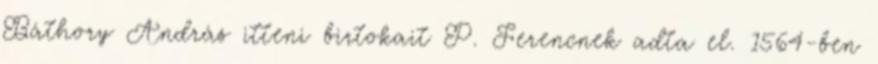
Báthory András itteni birtokait P. Ferencnek adta el. 1564-ben